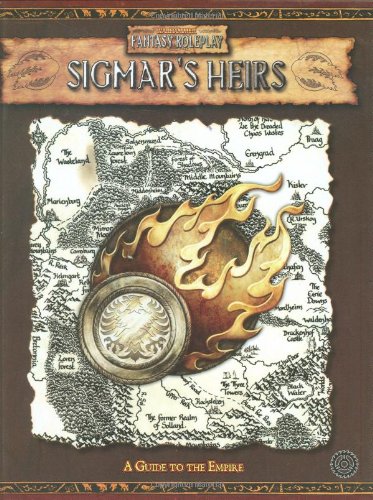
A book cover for Sigmar's Heirs: A Guide to the Empire (Warhammer Fantasy Roleplaying); Green Ronin Staff; Science Fiction & Fantasy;